Lunatic asylums in Bengal annual reports 1888-1898 - 1888-1898
Year: 1888
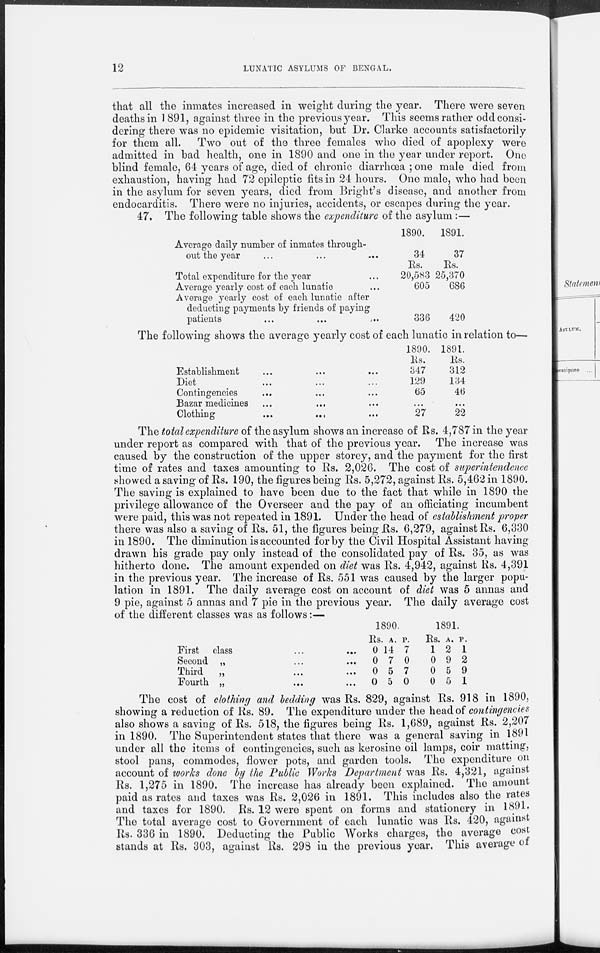
12
LUNATIC ASYLUMS OF BENGAL.
that all the inmates increased in weight during the year. There were seven
deaths in 1891, against three in the previous year. This seems rather odd consi-
dering there was no epidemic visitation, but Dr. Clarke accounts satisfactorily
for them all. Two out of the three females who died of apoplexy were
admitted in bad health, one in 1890 and one in the year under report. One
blind female, 64 years of age, died of chronic diarrhœa ; one male died from
exhaustion, having had 72 epileptic fits in 24 hours. One male, who had been
in the asylum for seven years, died from Bright's disease, and another from
endocarditis. There were no injuries, accidents, or escapes during the year.
47. The following table shows the expenditure of the asylum :—
Average daily number of inmates through-
out the year ... ... ...
Total expenditure for the year ... ... ...
Average yearly cost of each lunatic ...
Average yearly cost of each lunatic after
deducting payments by friends of paying
patients
...
...
...
1890.
34
Rs.
20,583
605
336
1891.
37
Rs.
25,370
686
420
The following shows the average yearly cost of each lunatic in relation to—
Establishment ... ... ...
Diet ... ... ...
Contingencies ... ... ...
Bazar medicines ... ... ...
Clothing
...
...
...
1890.
Rs.
347
129
65
...
27
1891.
Rs.
312
134
46
...
22
The total expenditure of the asylum shows an increase of Rs. 4,787 in the year
under report as compared with that of the previous year. The increase was
caused by the construction of the upper storey, and the payment for the first
time of rates and taxes amounting to Rs. 2,026. The cost of superintendence
showed a saving of Rs. 190, the figures being Rs. 5,272, against Rs. 5,462 in 1890.
The saving is explained to have been due to the fact that while in 1890 the
privilege allowance of the Overseer and the pay of an officiating incumbent
were paid, this was not repeated in 1891. Under the head of establishment proper
there was also a saving of Rs. 51, the figures being Rs. 6,279, against Rs. 6,330
in 1890. The diminution is accounted for by the Civil Hospital Assistant having
drawn his grade pay only instead of the consolidated pay of Rs. 35, as was
hitherto done. The amount expended on diet was Rs. 4,942, against Rs. 4,391
in the previous year. The increase of Rs. 551 was caused by the larger popu-
lation in 1891. The daily average cost on account of diet was 5 annas and
9 pie, against 5 annas and 7 pie in the previous year. The daily average cost
of the different classes was as follows:—
First class ... ...
Second „ ... ...
Third
„ ... ...
Fourth „ ... ...
1890.
Rs.
0
0
0
0
A.
14
7
5
5
P.
7
0
7
0
1891.
Rs.
1
0
0
0
A.
2
9
5
5
P.
1
2
9
1
The cost of clothing and bedding was Rs. 829, against Rs. 918 in 1890,
showing a reduction of Rs. 89. The expenditure under the head of contingencies
also shows a saving of Rs. 518, the figures being Rs. 1,689, against Rs. 2,207
in 1890. The Superintendent states that there was a general saving in 1891
under all the items of contingencies, such as kerosine oil lamps, coir matting,
stool pans, commodes, flower pots, and garden tools. The expenditure on
account of works done by the Public Works Department was Rs. 4,321, against
Rs. 1,275 in 1890. The increase has already been explained. The amount
paid as rates and taxes was Rs. 2,026 in 1891. This includes also the rates
and taxes for 1890. Rs. 12 were spent on forms and stationery in 1891.
The total average cost to Government of each lunatic was Rs. 420, against
Rs. 336 in 1890. Deducting the Public Works charges, the average cost
stands at Rs. 303, against Rs. 298 in the previous year. This average of